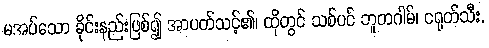
မအပ်သော ခိုင်းနည်းဖြစ်၍ အာပတ်သင့်၏၊ ထိုတွင် သစ်ပင် ဘူတဂါမ်၊ ငရုတ်သီး,